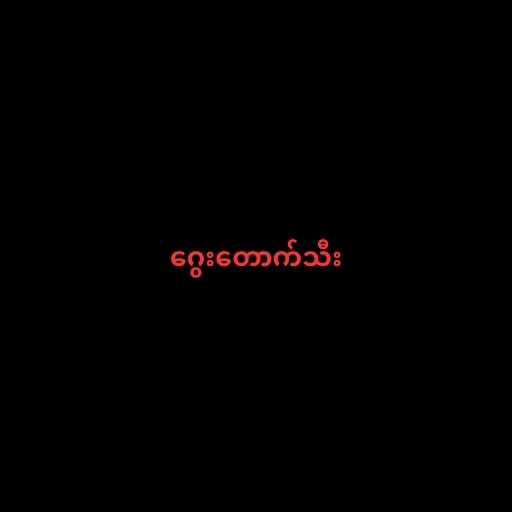
ဂွေးတောက်သီး